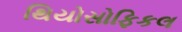
થિયોસોફિકલ